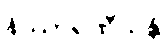
နိဿာရဏီယန္တိ